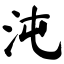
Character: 沌